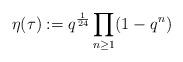
LaTeX: \begin{align*}\eta (\tau) :=q^\frac{1}{24}\prod_{n\geq1}(1-q^n)\end{align*}